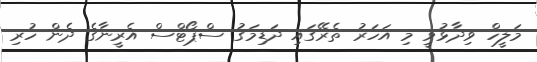
މަލީހް ވިދާޅުވީ މި އަހަރު ތެރޭގައި ދަޑިމަގު ސްޕޯޓްސް އެރީނާގެ ދެން ހުރި